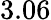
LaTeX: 3.06